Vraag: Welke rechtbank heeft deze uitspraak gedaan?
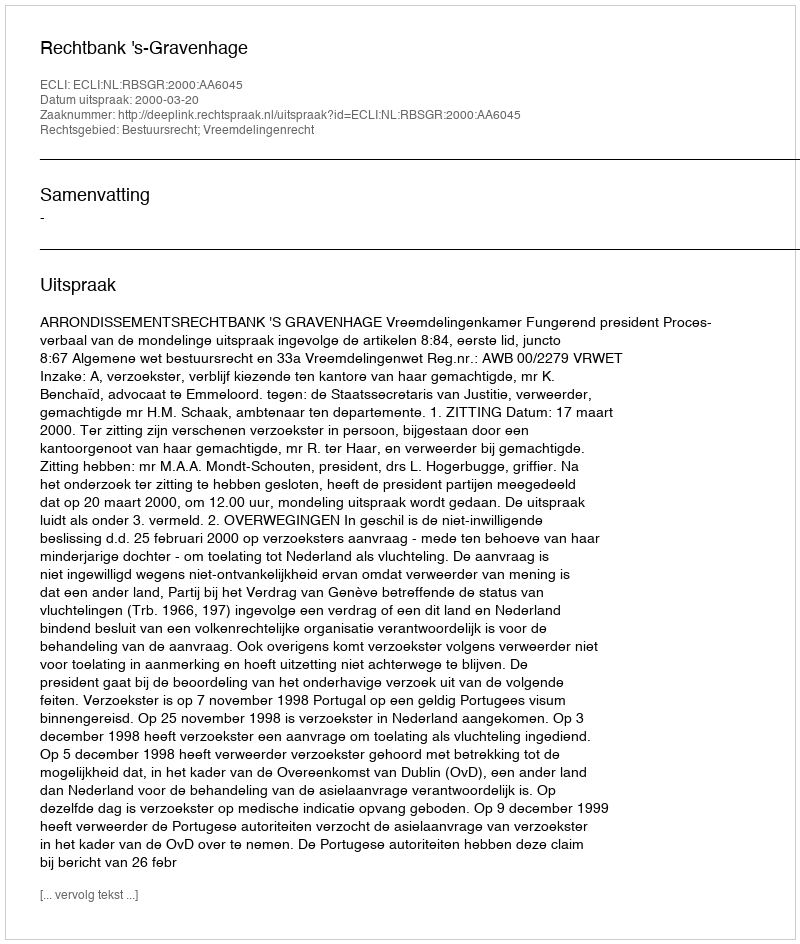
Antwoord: Rechtbank 's-Gravenhage